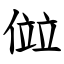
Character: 傡